Civil Veterinary Department. United Provinces 1912-22 - 1912-1922
Year: 1912
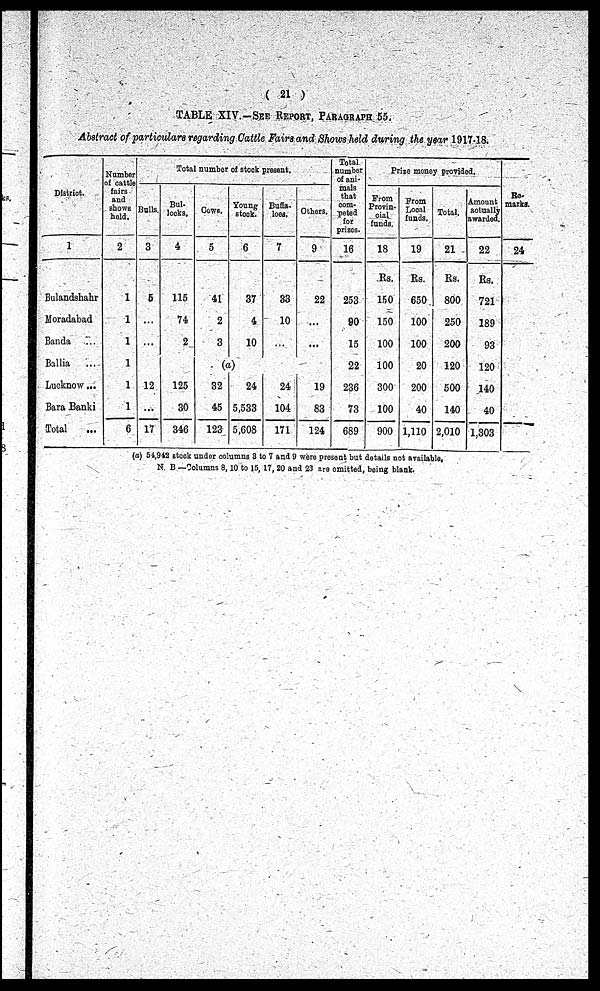
(21)
TABLE XIV.-See Report, Paragraph 55.
Abstract of particulars regarding Cattle Fairs and Shows held during the year 1917-18.
District.
1
Bulandshahr
Moradabad
Banda ...
Ballia ...
Lucknow...
Bara Banki
Total ...
Number
of cattle
fairs
and
shows
held.
2
1
1
1
1
1
1
6
Total number of stock present.
Bulls.
3
5
...
...
...
12
...
17
Bul-
locks.
4
115
74
2
...
125
30
346
Cows.
5
41
2
3
Young
stock.
6
37
4
10
(a)
32
45
123
24
5,533
5,608
Buffa-
loes.
7
33
10
...
...
24
104
171
Others.
9
22
...
...
...
19
83
124
Total
number
of ani-
mals
that
com-
peted
for
prizes.
16
253
90
15
22
236
73
689
Prize money provided
From
Provin-
cial
funds.
18
Rs.
150
150
100
100
300
100
900
From
Local
funds.
19
Rs.
650
100
100
20
200
40
1,110
Total.
21
Rs.
800
250
200
120
500
140
2,010
Amount
actually
awarded.
22
Rs.
721
189
93
120
140
40
1,303
Remarks.
24
(a) 54,942 stock under columns 3 to 7 and 9 were present but details not available.
N. B.—Columns 8, 10 to 15, 17, 20 and 23 are omitted, being blank.